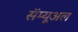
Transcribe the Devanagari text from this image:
सॅम्यूअल